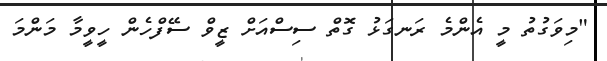
"މިވަގުތު މީ އެންމެ ރަނގަޅު ގޮތް ސިސްއަށް ޒީވް ސޭފްހެން ހީވީމާ މަންމަ